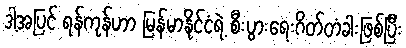
ဒါ့အပြင် ရန်ကုန်ဟာ မြန်မာနိုင်ငံရဲ့ စီးပွားရေးဂိတ်တံခါးဖြစ်ပြီး